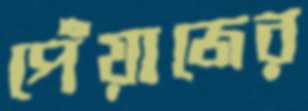
পেঁয়াজের